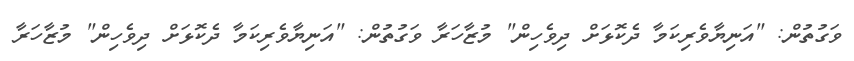
ވަގުތުން: "އަނިޔާވެރިކަމާ ދެކޮޅަށް ދިވެހިން" މުޒާހަރާ ވަގުތުން: "އަނިޔާވެރިކަމާ ދެކޮޅަށް ދިވެހިން" މުޒާހަރާ